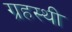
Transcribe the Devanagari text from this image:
ग्रहस्थी